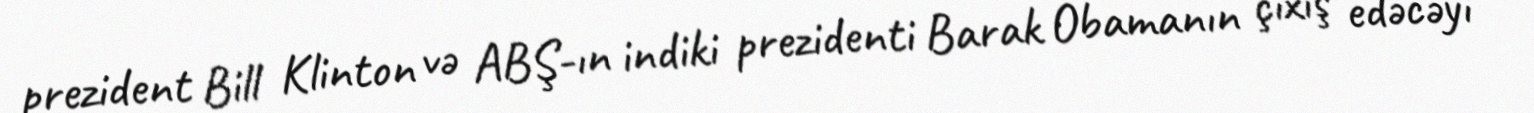
prezident Bill Klinton və ABŞ-ın indiki prezidenti Barak Obamanın çıxış edəcəyi